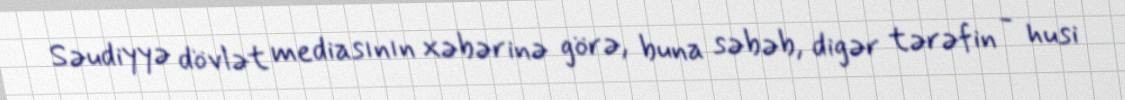
Səudiyyə dövlət mediasının xəbərinə görə, buna səbəb, digər tərəfin - husi